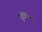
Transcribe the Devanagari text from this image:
मुटिलिक्स